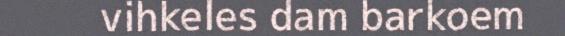
vihkeles dam barkoem